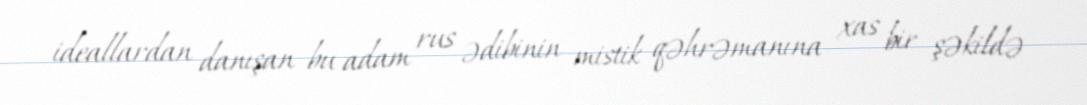
ideallardan danışan bu adam rus ədibinin mistik qəhrəmanına xas bir şəkildə